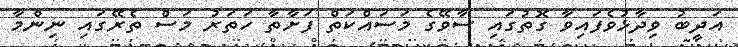
އަދީބު ވިދާޅުވެފައިވާ ގޮތުގައި ސާވޭގެ މަސައްކަތް ފަށާތާ ހަތަރު މަސް ތެރޭގައި ނިންމާ